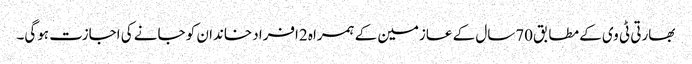
بھارتی ٹی وی کے مطابق70سال کے عازمین کے ہمراہ 2افراد خاندان کو جانے کی اجازت ہوگی۔